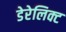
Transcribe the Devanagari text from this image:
डेरेलिक्ट